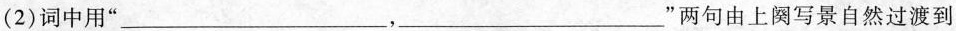
(2)词中用”___，___”两句由上阕写景自然过渡到